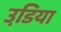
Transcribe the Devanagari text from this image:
उडि़या